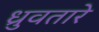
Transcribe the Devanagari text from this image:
ध्रुवतारे